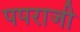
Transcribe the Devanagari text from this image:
पपराजी